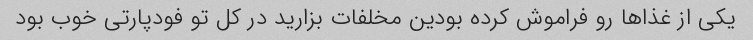
یکی از غذاها رو فراموش کرده بودین مخلفات بزارید در کل تو فودپارتی خوب بود